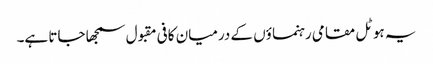
یہ ہوٹل مقامی رہنما ؤں کے درمیان کافی مقبول سمجھا جاتا ہے۔